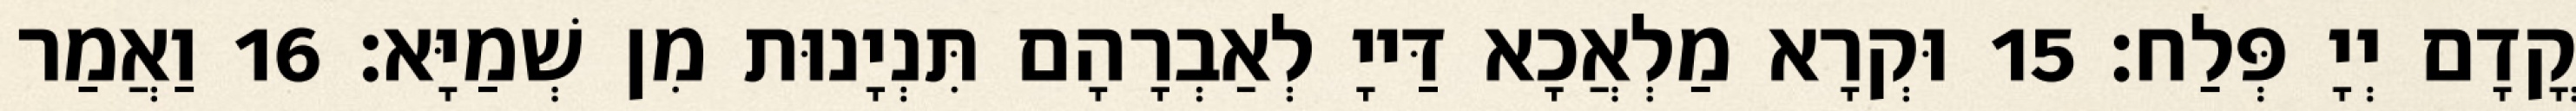
קֳדָם יְיָ פְּלַח׃ 15 וּקְרָא מַלְאֲכָא דַּייָ לְאַבְרָהָם תִּנְיָנוּת מִן שְׁמַיָּא׃ 16 וַאֲמַר